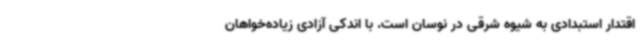
اقتدار استبدادی به شیوه شرقی در نوسان است. با اندکی آزادی زیاده‌خواهان